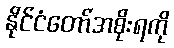
နိုင်ငံတော်အစိုးရကို